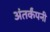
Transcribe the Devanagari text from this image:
अंतर्कंपनी